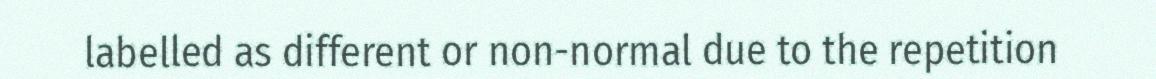
labelled as different or non-normal due to the repetition